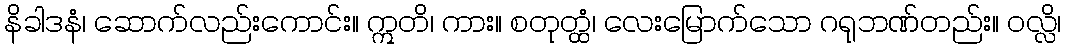
နိခါဒနံ၊ ဆောက်လည်းကောင်း။ ဣတိ၊ ကား။ စတုတ္ထံ၊ လေးမြောက်သော ဂရုဘဏ်တည်း။ ဝလ္လိ၊